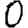
Digit: 0